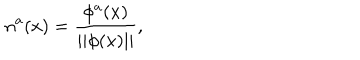
LaTeX: n ^ { a } ( x ) = \frac { \phi ^ { a } ( x ) } { | | \phi ( x ) | | } ,